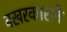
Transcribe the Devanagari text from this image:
बखरकाराने